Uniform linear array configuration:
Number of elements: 32
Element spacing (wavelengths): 0.25
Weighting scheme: cosine
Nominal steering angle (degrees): -30
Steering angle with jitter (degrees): -28.235
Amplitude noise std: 0.05
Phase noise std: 0.05

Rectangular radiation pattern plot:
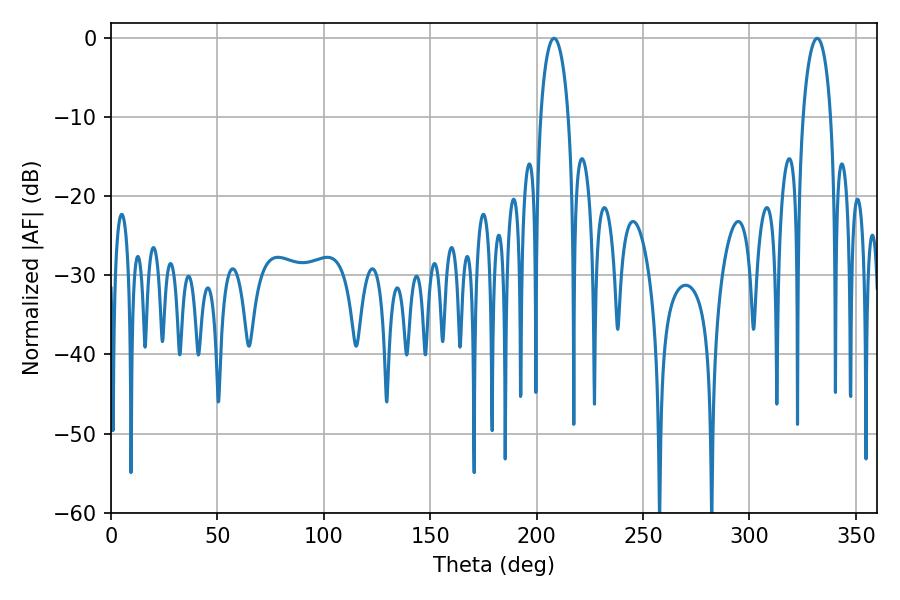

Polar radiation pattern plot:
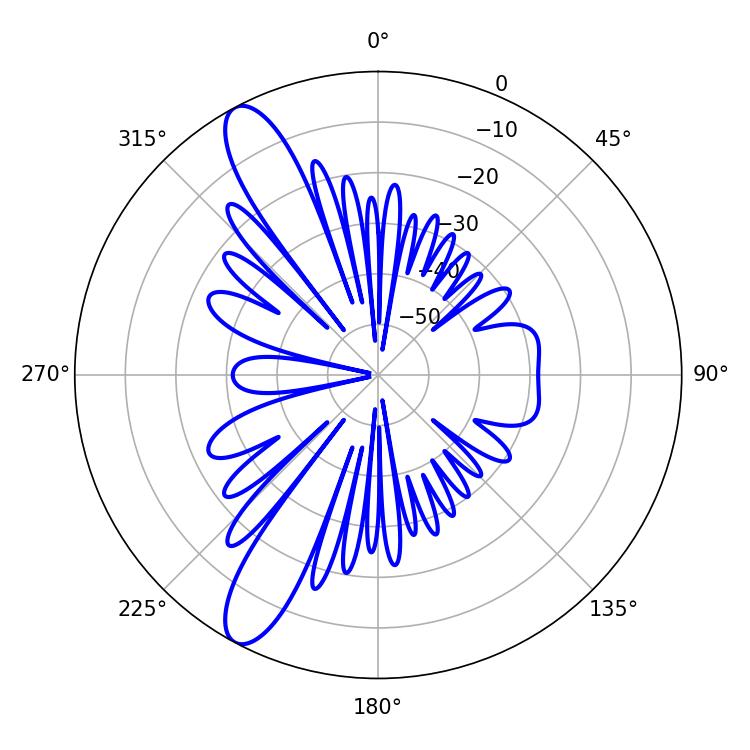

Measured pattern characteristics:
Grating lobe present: FALSE
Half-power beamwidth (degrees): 7.56
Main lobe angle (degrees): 331.74